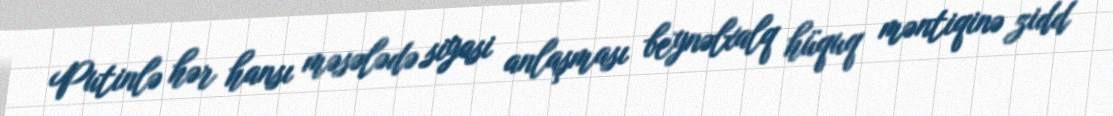
Putinlə hər hansı məsələdə siyasi anlaşması beynəlxalq hüquq məntiqinə zidd